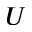
U